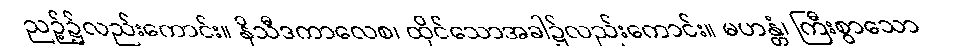
ညဉ့်၌လည်းကောင်း။ နိသီဒကာလေစ၊ ထိုင်သောအခါ၌လည်းကောင်း။ မဟန္တံ၊ ကြီးစွာသော